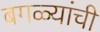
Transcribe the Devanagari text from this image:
बगळ्यांची